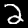
Label: 2